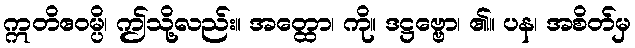
ဣတိဧဝမ္ပိ၊ ဤသို့လည်း။ အတ္ထော၊ ကို။ ဒဋ္ဌဗ္ဗော၊ ၏။ ပန၊ အစိတ်မှ